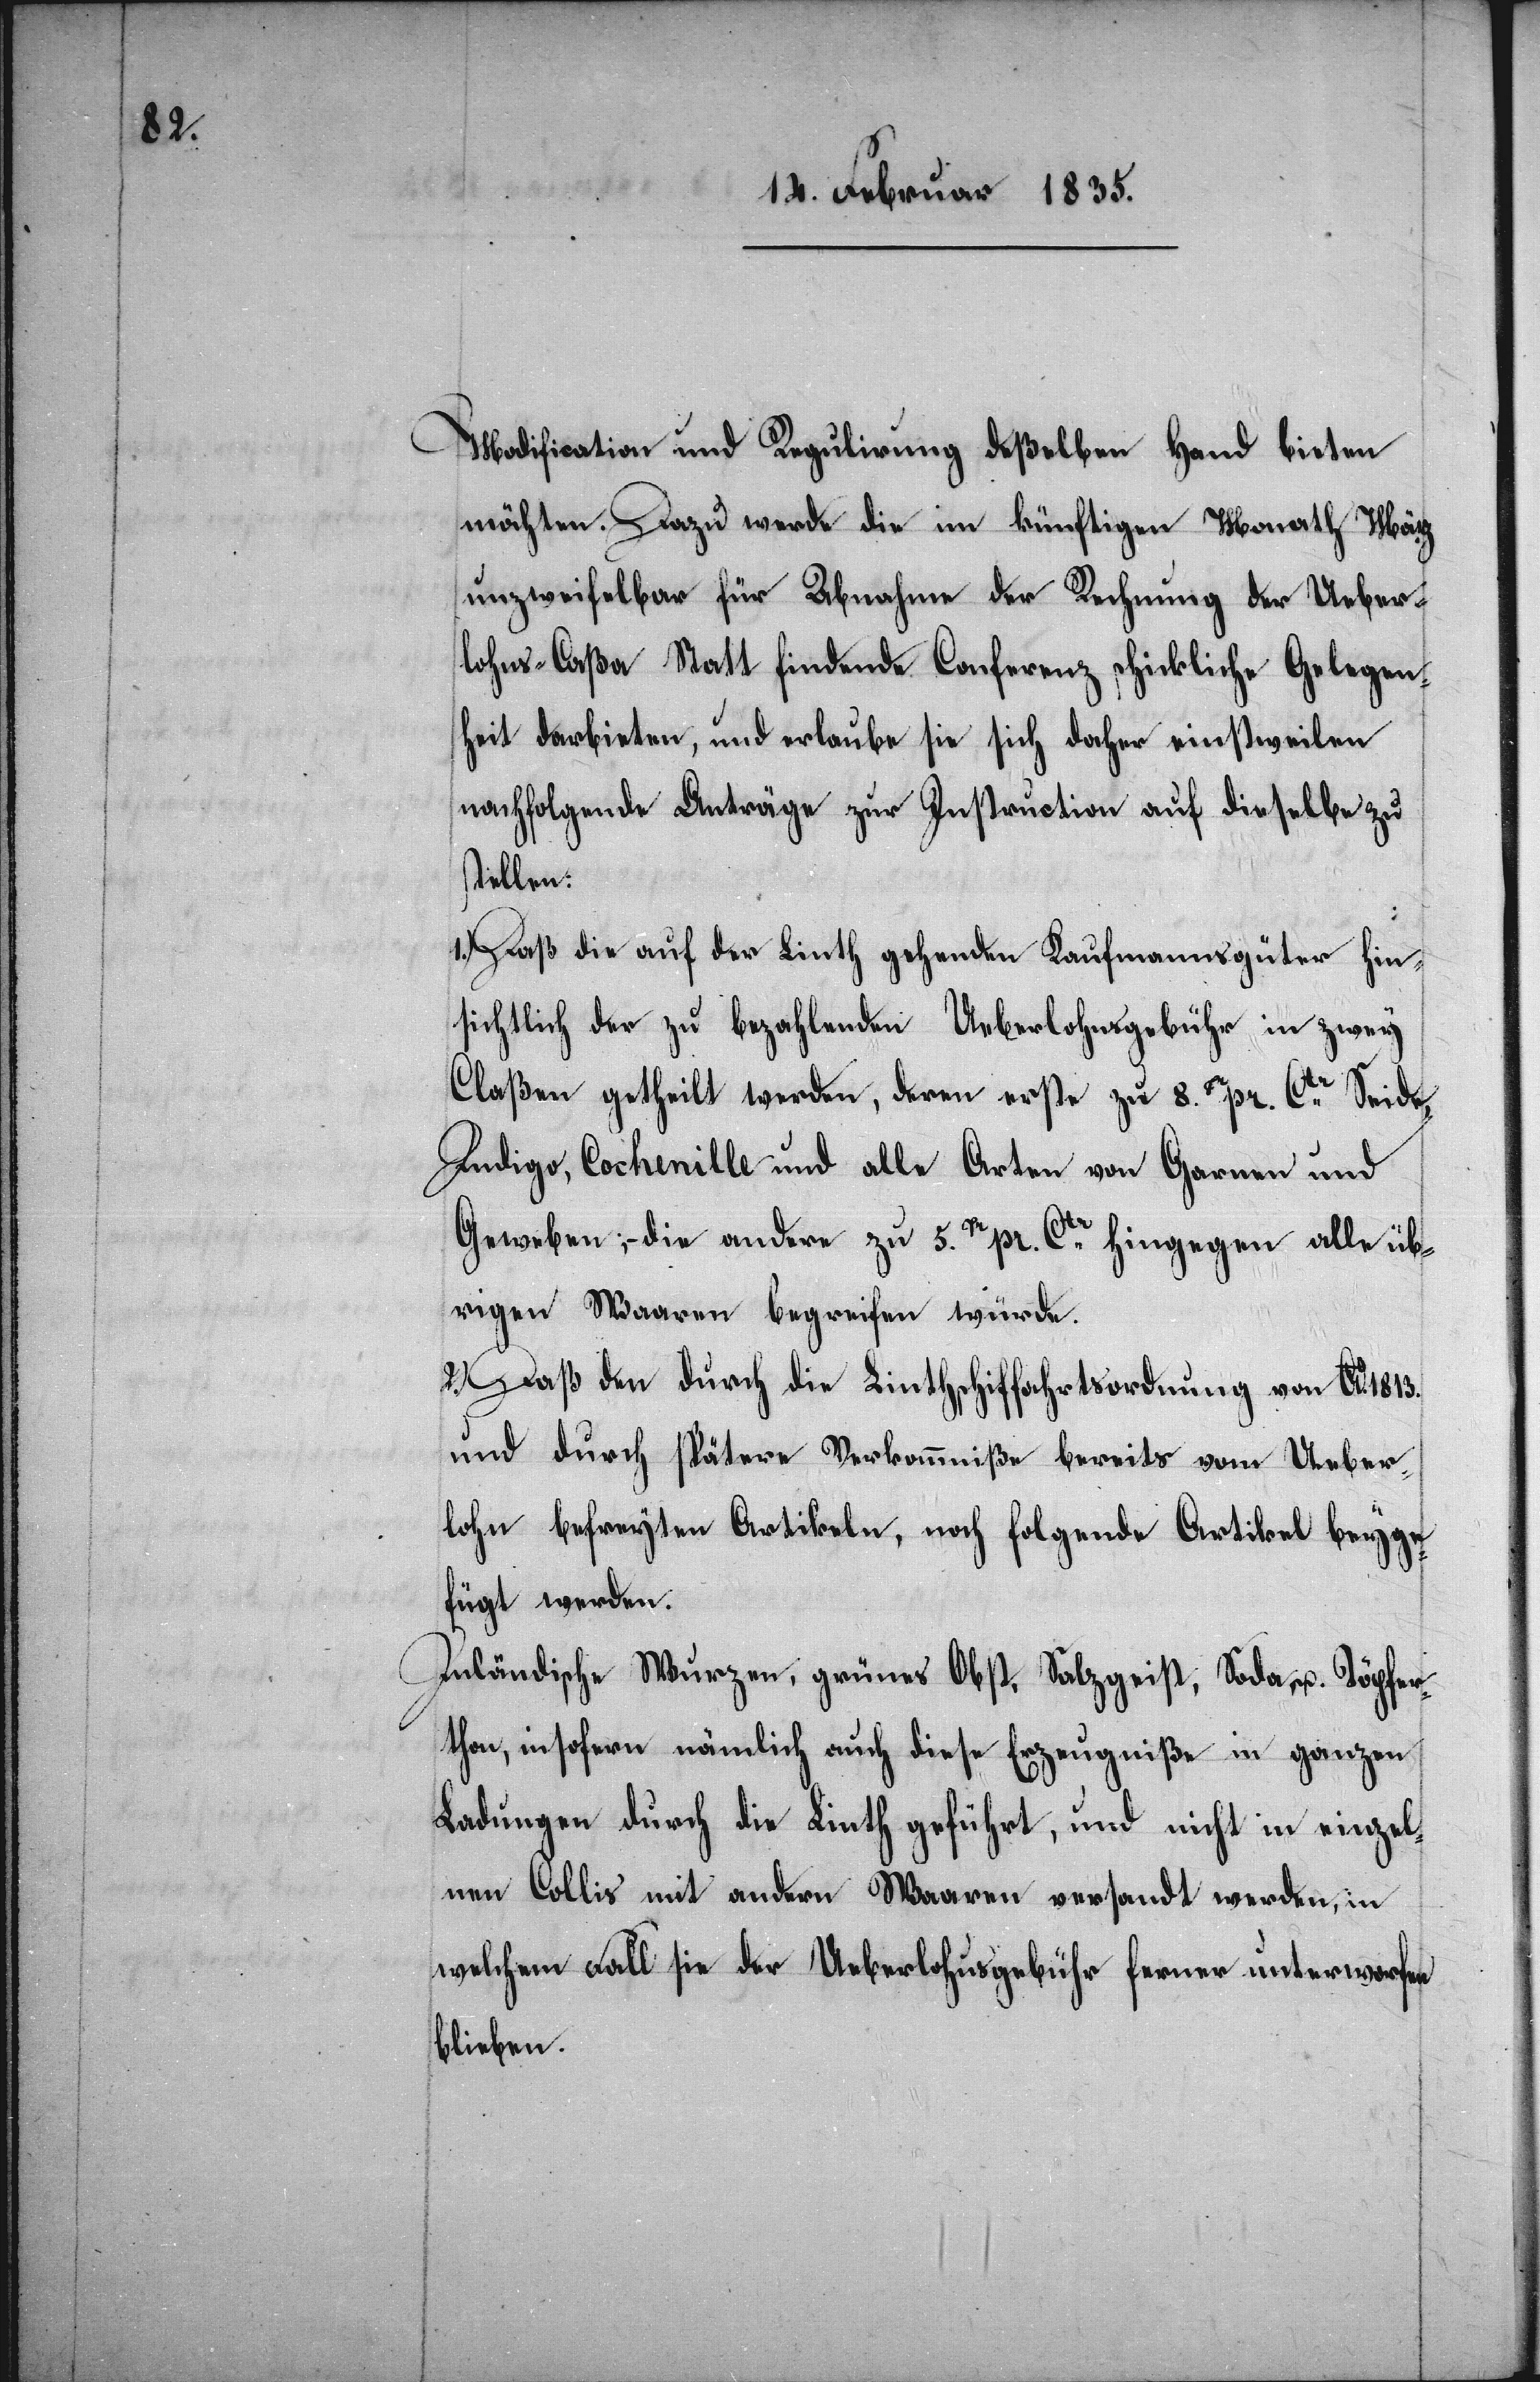
Modification und Regulirung deßelben Hand bieten
möchten. Dazu werde die im künftigen Monath März
unzweifelbar für Abnahme der Rechnung der Ueber¬
lohns-Caßa Statt findende Conferenz schickliche Gelegen¬
heit darbieten, und erlaube sie sich daher einstweilen
nachfolgende Anträge zur Instruction auf dieselbe zu
stellen:
1.) Daß die auf der Linth gehenden Kaufmannsgüter hin¬
sichtlich der zu bezahlenden Ueberlohnsgebühr in zwey
Claßen getheilt werden, deren erste zu 8.Hr pr. Ctr Seide,
Indigo, Cochenille und alle Arten von Garnen und
Geweben; – die andern zu 5.Hr pr. Ctr hingegen alle üb¬
rigen Waaren begreifen würde.
2.) Daß den durch die Linthschiffahrtsordnung von Ao. 1813.
und durch spätere Verkommniße bereits vom Ueber¬
lohn befreyten Artikeln, noch folgende Artikel beyge¬
fügt werden.
Inländische Wurzen, grünes Obst, Salzgeist, Soda u. Töpfer¬
thon, insofern nämlich auch diese Erzeugniße in ganzen
Ladungen durch die Linth geführt, und nicht im einzel¬
nen Collis mit andern Waaren versandt werden, in
welchem Fall sie der Ueberlohnsgebühr ferner unterworfen
blieben.